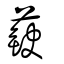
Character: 蒛